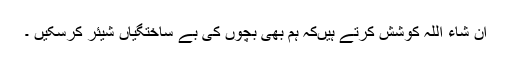
ان شاء اللہ کوشش کرتے ہیں‌کہ ہم بھی بچوں کی بے ساختگیاں شیئر کرسکیں ۔